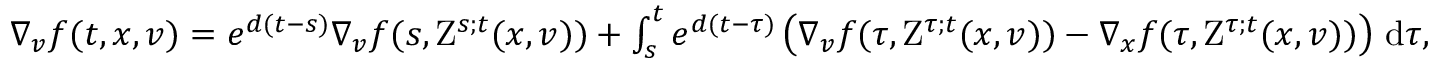
\begin{array} { r } { \nabla _ { v } f ( t , x , v ) = e ^ { d ( t - s ) } \nabla _ { v } f ( s , \mathrm { Z } ^ { s ; t } ( x , v ) ) + \int _ { s } ^ { t } e ^ { d ( t - \tau ) } \left( \nabla _ { v } f ( \tau , \mathrm { Z } ^ { \tau ; t } ( x , v ) ) - \nabla _ { x } f ( \tau , \mathrm { Z } ^ { \tau ; t } ( x , v ) ) \right) \, \mathrm { d } \tau , } \end{array}